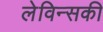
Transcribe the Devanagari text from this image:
लेविन्सकी